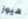
هيوز